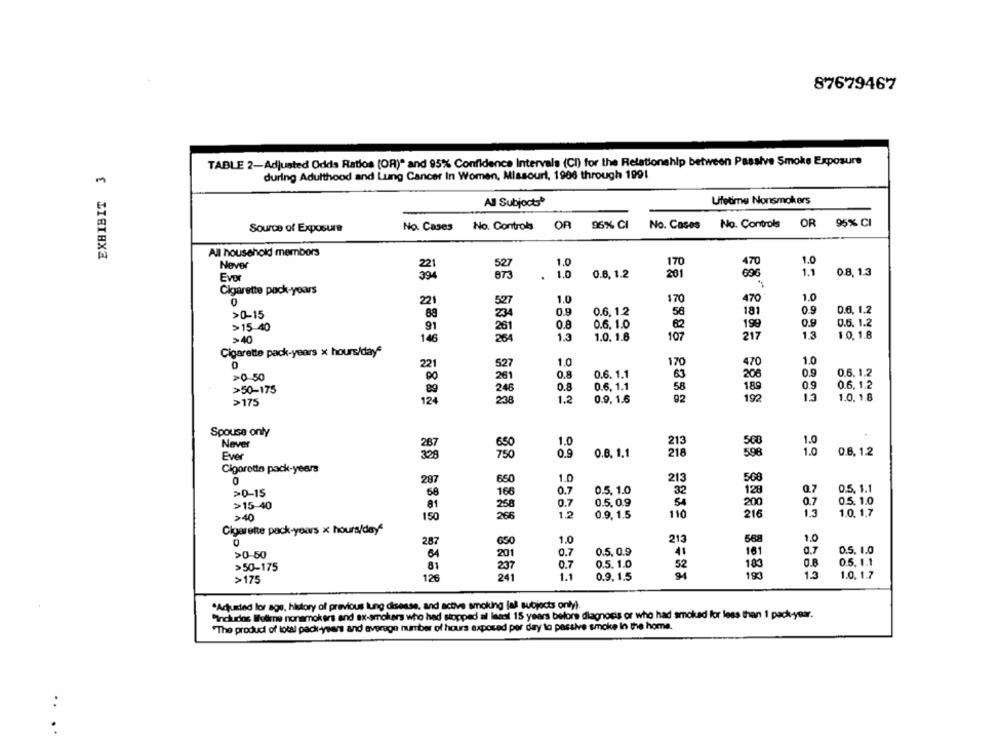
87679467
TABLE 2-Adjusted Odds Ratios (OR)" and 95% Confidence Intervals (CI) for the Relationship between Passive Smoke Exposure
EXHIBIT 3
during Adulthood and Lung Cancer In Women, Missouri, 1906 through 1991
Lifetime Nonsmokers
All Subjocts
No. Cases No. Controls OR 95% CI
Source of Exposure
No. Cases
No. Control OR 96% CI
96% CI
All household members
1.0
Never
1.0
170
1.0
0.6, 1.2
201
1.1
0.8. 1.3
Cigarette pack-years
221
527
1.0
170
470
1.0
234
0.9
0.6.12
181
0.9
0.6. 1.2
>0-15
88
58
>15-40
261
0.8
0.6. 1.0
199
0.9
0.6. 1.2
91
>40
146
264
1.3
1.0. 1.6
107
217
1.3
1.0.1.8
Cigarette pack-years x hours/day*
527
1.0
170
470
1.0
221
0.6. 1.2
>0-50
90
261
0.8
0.6. 1.1
63
208
0.9
0.8
0.6. 1.1
58
0.9
0.6. 1.2
>50-175
89
248
189
124
236
1.2
0.9. 1.6
92
192
13
1.0. 1.8
>175
Spouse only
Never
1.0
213
500
0.8. 1.1
596
0.6. 1.2
Ever
0.9
218
Cigaretin pack-years
287
650
1.0
213
508
0.5. 1.0
32
Q.7
0.5. 1.1
>0-15
58
168
0.7
128
>15-40
0.7
0.5.0.9
54
200
0.7
0.5. 1.0
81
258
1.3
1.0. 1.7
>40
150
266
1,2
0.9, 1.5
110
216
Cigarette pack-yours x hours/day*
1.0
213
588
1.0
287
0.7
0.5. 1.0
>0-50
64
0.7
0.5. 0.9
41
181
0.7
0.5. 1.0
52
183
O.B
0.5. 1.1
>50-175
81
237
126
241
1.1
0.9. 1.5
193
1.3
1.0. 1.7
>175
"Adjusted lor age, history of previous lung disease, and active smoking fal subjects only)
"Includos lotiene nonsmokers and ax-smokers who had stopped al least 15 years before diagnosis or who had smoked for less than 1 pack-year.
"The produdi of total pack-years and average number of hours exposed per day to passive smoke in the home.